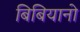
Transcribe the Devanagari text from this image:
बिबियानो